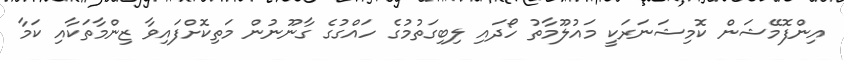
އިންފޮމޭޝަން ކޮމިޝަނަރަކީ މައުލޫމާތު ހޯދައި ލިބިގަތުމުގެ ހައްގުގެ ގާނޫނުން މަތިކޮށްފައިވާ ޒިންމާތަކާއި ކަމާ